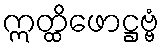
ဣတ္ထိဖောဋ္ဌဗ္ဗံ